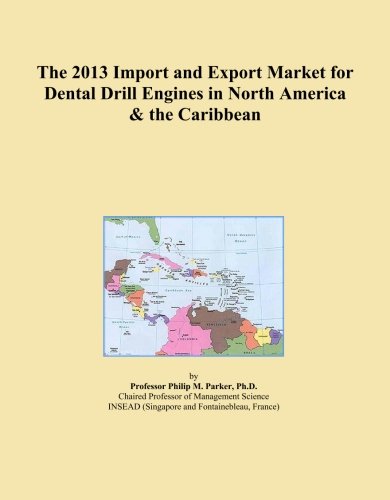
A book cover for The 2013 Import and Export Market for Dental Drill Engines in North America & the Caribbean; Icon Group International; Medical Books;